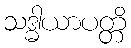
သဒ္ဓါယာပတ္တိ